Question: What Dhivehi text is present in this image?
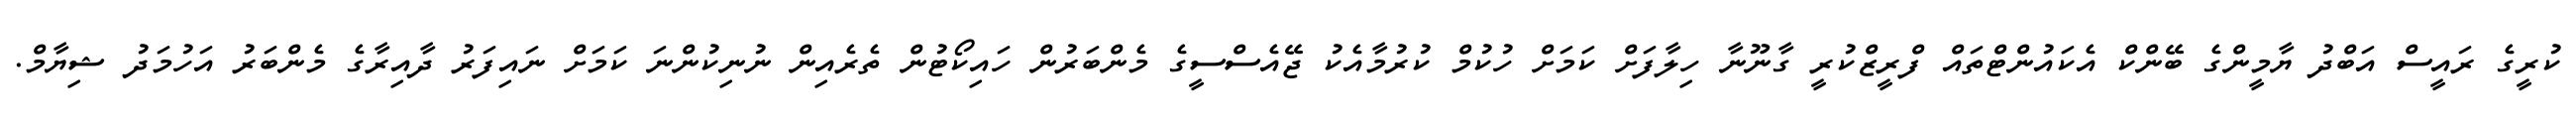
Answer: ކުރީގެ ރައީސް އަބްދު ޔާމީންގެ ބޭންކް އެކައުންޓްތައް ފްރީޒްކުރީ ގާނޫނާ ހިލާފަށް ކަމަށް ހުކުމް ކުރުމާއެކު ޖޭއެސްސީގެ މެންބަރުން ހައިކޯޓުން ތެރެއިން ނުނިކުންނަ ކަމަށް ނައިފަރު ދާއިރާގެ މެންބަރު އަހުމަދު ޝިޔާމް.